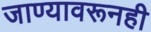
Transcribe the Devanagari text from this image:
जाण्यावरूनही